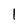
Character: 1